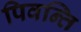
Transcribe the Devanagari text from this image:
पिवन्ति